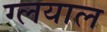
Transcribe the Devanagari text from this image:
ग्लयाल